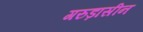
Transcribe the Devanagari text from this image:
गरुड़ासीन